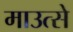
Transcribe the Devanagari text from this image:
माउत्से